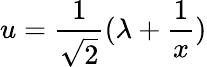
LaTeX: u=\frac{1}{\sqrt{2}}(\lambda+\frac{1}{x})